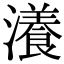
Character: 瀁